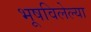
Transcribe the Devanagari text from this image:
भूषविलेल्‍या